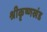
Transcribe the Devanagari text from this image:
श्रीकृष्णखंड